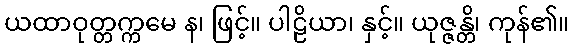
ယထာဝုတ္တက္ကမေ န၊ ဖြင့်။ ပါဠိယာ၊ နှင့်။ ယုဇ္ဇန္တိ၊ ကုန်၏။